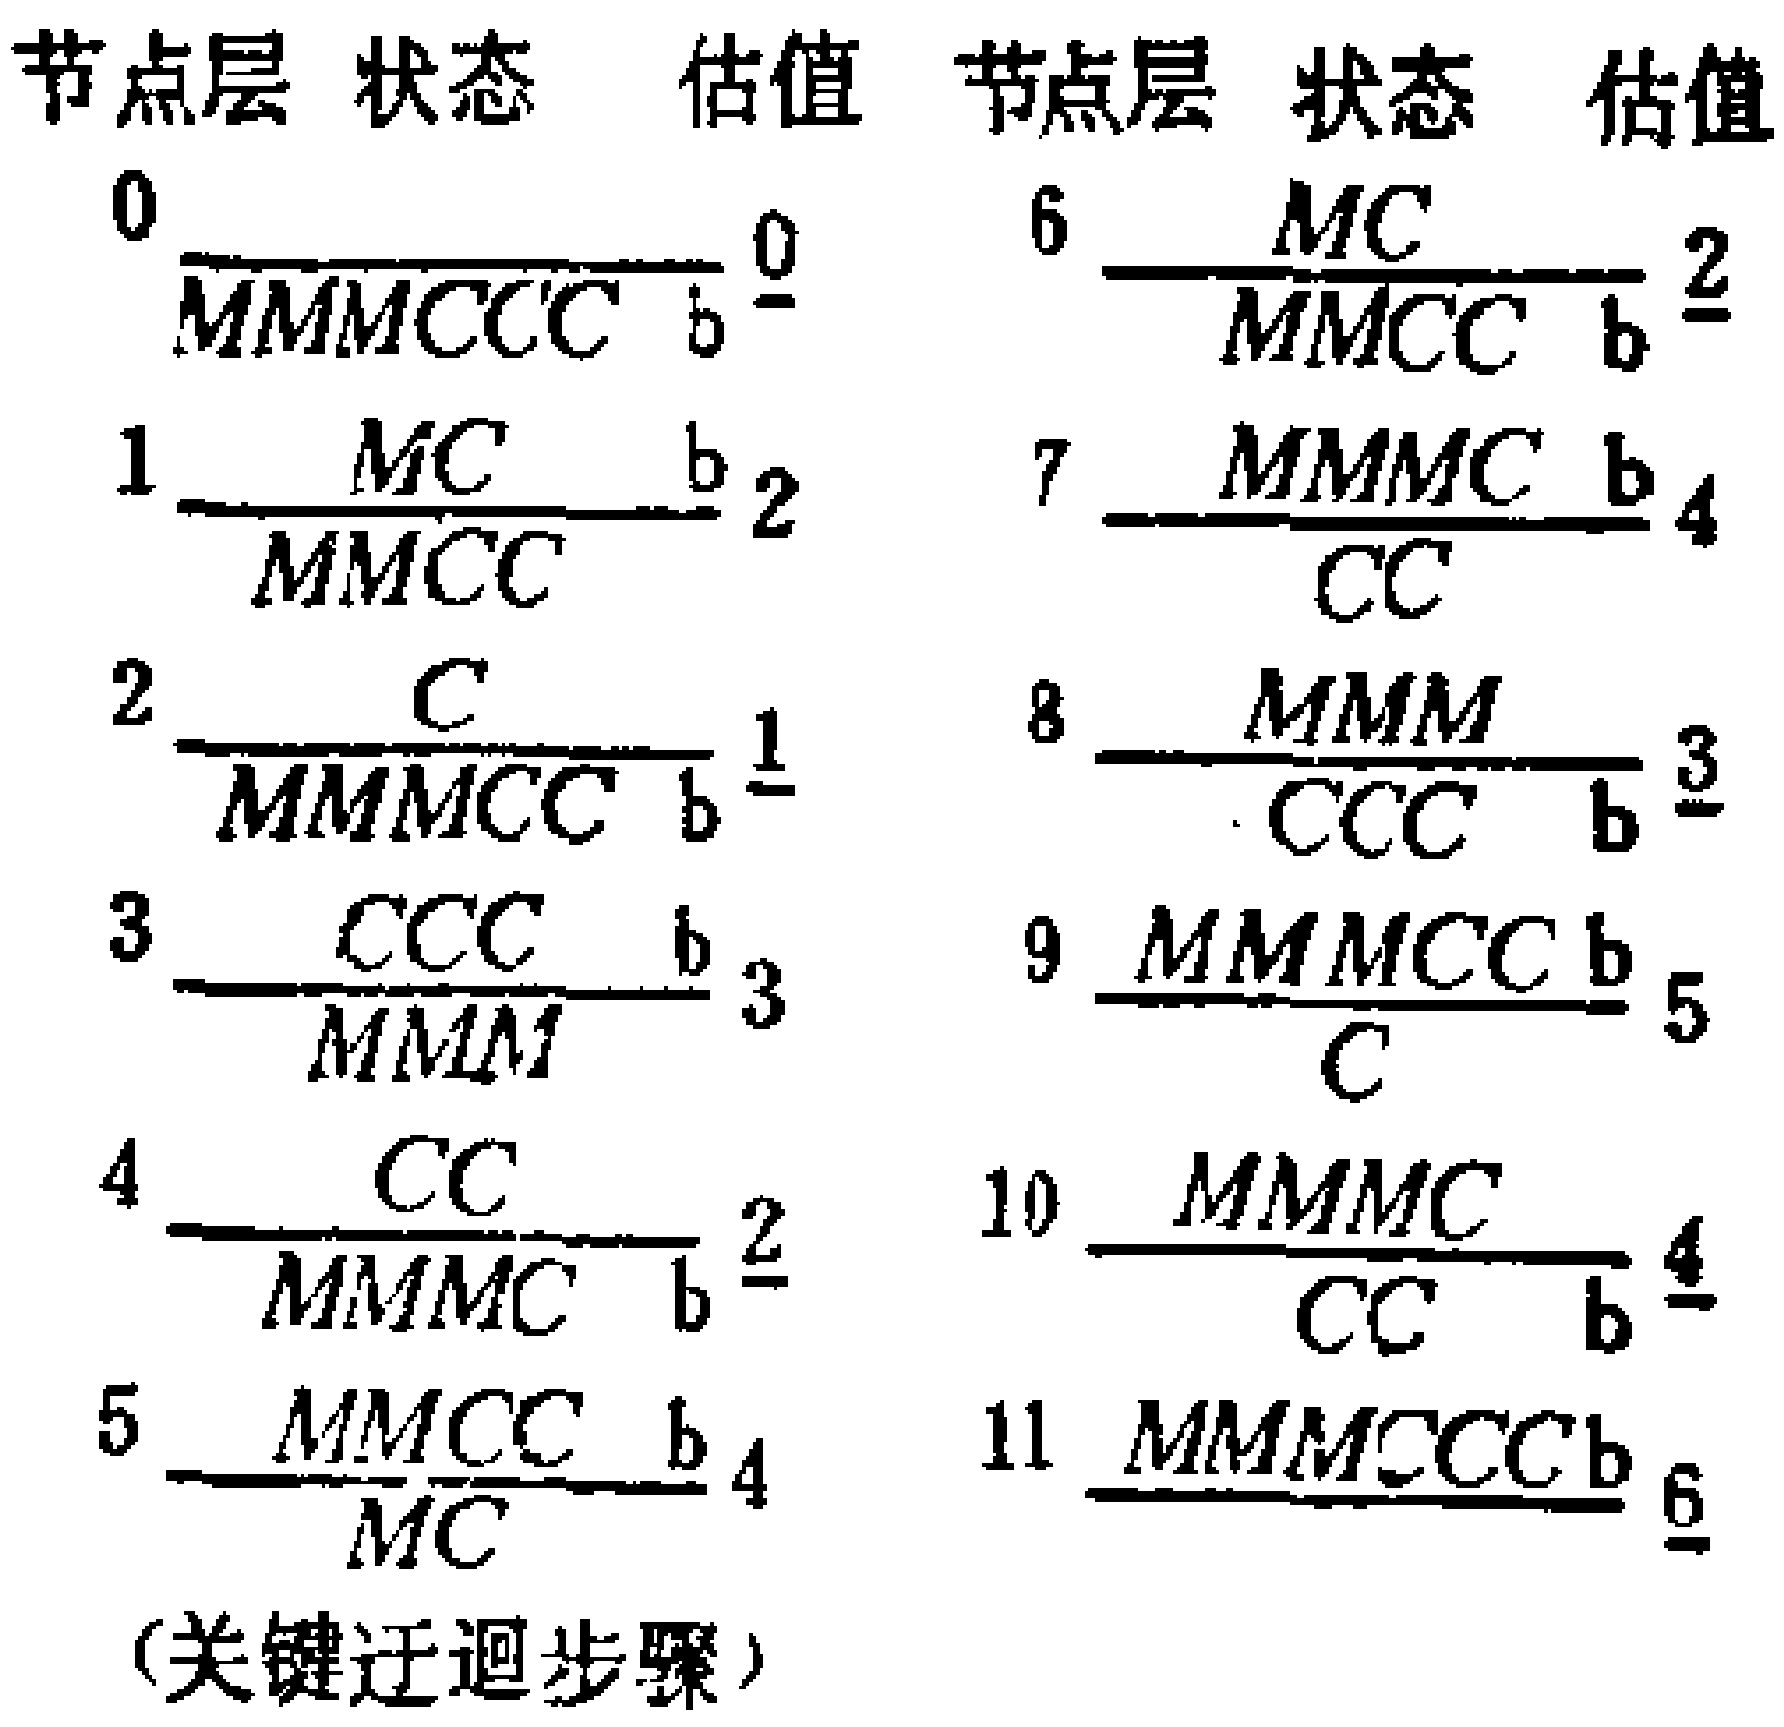
\begin{tabular}{ccc|ccc}
节点层 & 状态 & 估值 & 节点层 & 状态 & 估值 \\
0 & $\dfrac{MMMCCC}{b}$ & 0 & 6 & $\dfrac{MC}{MMCC}$ & 2 \\
1 & $\dfrac{MC}{MMCC}$ & 2 & 7 & $\dfrac{MMMC}{CC}$ & 4 \\
2 & $\dfrac{C}{MMMCC}$ & 1 & 8 & $\dfrac{MMM}{CCC}$ & 3 \\
3 & $\dfrac{CCC}{MMM}$ & 3 & 9 & $\dfrac{MMMCC}{C}$ & 5 \\
4 & $\dfrac{CC}{MMMC}$ & 2 & 10 & $\dfrac{MMMC}{CC}$ & 4 \\
5 & $\dfrac{MMCC}{MC}$ & 4 & 11 & $\dfrac{MMMCCC}{b}$ & 6 \\
\end{tabular}
（关键迂迴步骤）